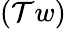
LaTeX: (\mathcal{T}w)